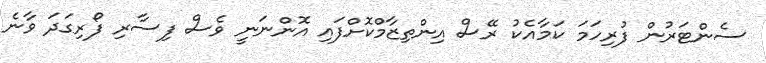
ސެންޓަރުން ފުރިހަމަ ކަމާއެކު ރޭސް އިންތިޒާމްކޮށްފައި އޮންނަނީ ވެސް ފިސާރި ފޯރިގަދަ ވާނެ